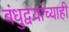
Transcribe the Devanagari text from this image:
बंधुद्वयांच्याही